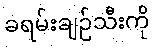
ခရမ်းချဉ်သီးကို